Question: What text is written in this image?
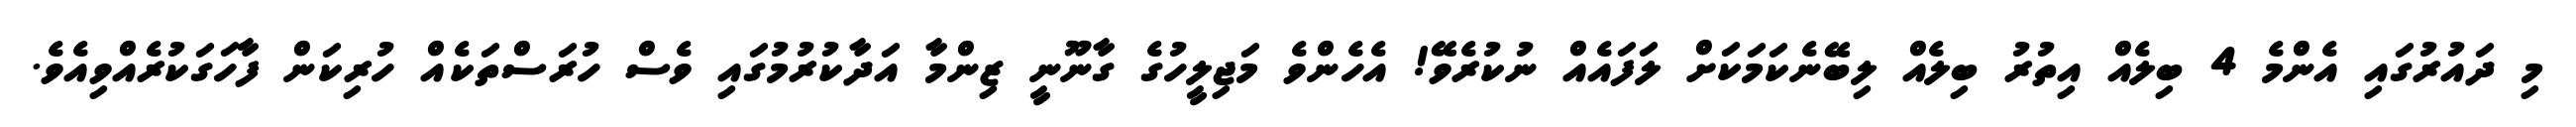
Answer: މި ދައުރުގައި އެންމެ 4 ބިލެއް އިތުރު ބިލެއް ލިބޭނެކަމަކަށް ލަފައެއް ނުކުރެވޭ! އެހެންވެ މަޖިލީހުގެ ގާނޫނީ ޒިންމާ އަދާކުރުމުގައި ވެސް ހުރަސްތަކެއް ހުރިކަން ފާހަގަކުރެއްވިއެވެ.